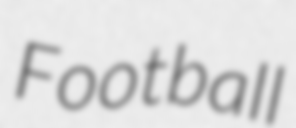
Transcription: Football